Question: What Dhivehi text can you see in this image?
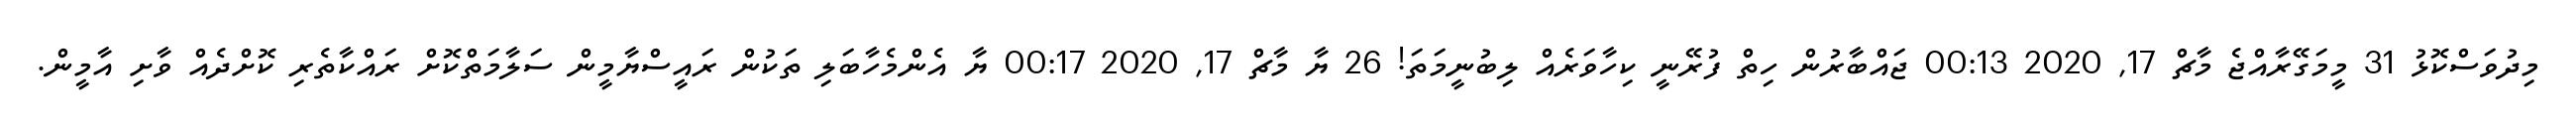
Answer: މިދުވަސްކޮޅު 31 މީމަގޭރާއްޖެ މާޗް 17, 2020 00:13 ޖައްބާރުން ހިތް ފުރޭނީ ކިހާވަރެއް ލިބުނީމަތަ! 26 ޔާ މާޗް 17, 2020 00:17 ޔާ އެންމެހާބަލި ތަކުން ރައީސްޔާމީން ސަލާމަތްކޮށް ރައްކާތެރި ކޮށްދެއް ވާށި އާމީން.